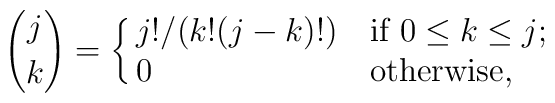
{j \choose k}= \cases {j!/(k!(j-k)!) & if  $ 0\le k \le j$; \cr0  & otherwise, \cr }